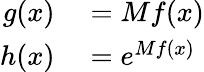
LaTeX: \begin{array}{rl}{g(x)}&{{}=Mf(x)}\\ {h(x)}&{{}=e^{Mf(x)}}\end{array}